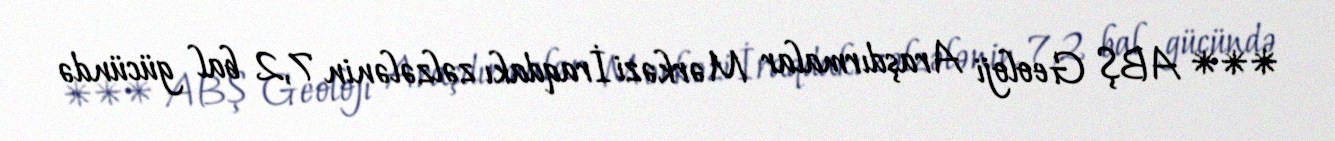
*** ABŞ Geoloji Araşdırmalar Mərkəzi İraqdakı zəlzələnin 7,2 bal gücündə